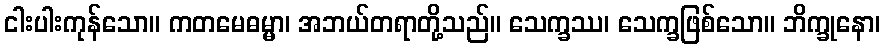
ငါးပါးကုန်သော။ ကတမေဓမ္မာ၊ အဘယ်တရာတို့သည်။ သေက္ခဿ၊ သေက္ခဖြစ်သော။ ဘိက္ခုနော၊